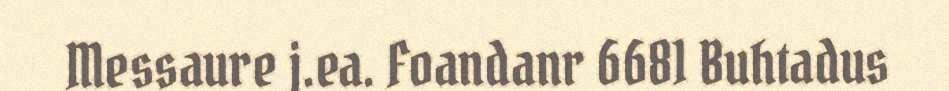
Messaure j.ea. Foandanr 6681 Buhtadus